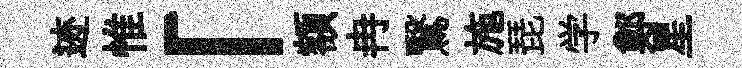
迹惟「額冉鷖施琵学鄭星